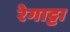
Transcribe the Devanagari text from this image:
रेगाट्टा